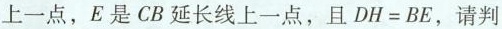
上一点，E是CB延长线上一点，且$$D H = B E$$，请判